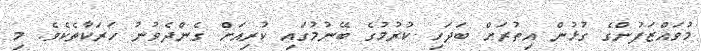
މުވައްޒަފުންގެ ގުޅުން އިތުރަށް ބަދަހި ކުރުމުގެ ބޭނުމުގައި ކުރިއަށް ގެންދެވުނު ހަރަކާތެކެވެ. މި